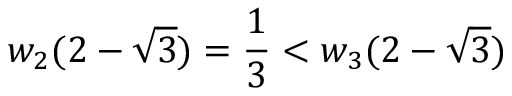
w _ { 2 } ( 2 - \sqrt { 3 } ) = \frac { 1 } { 3 } < w _ { 3 } ( 2 - \sqrt { 3 } )